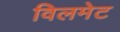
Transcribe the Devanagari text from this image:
विलमेट